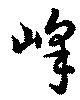
峰